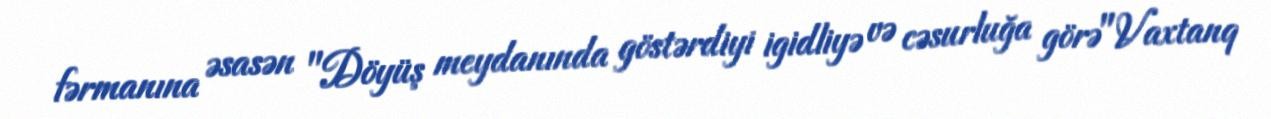
fərmanına əsasən "Döyüş meydanında göstərdiyi igidliyə və cəsurluğa görə"Vaxtanq